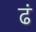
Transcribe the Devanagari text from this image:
ढं